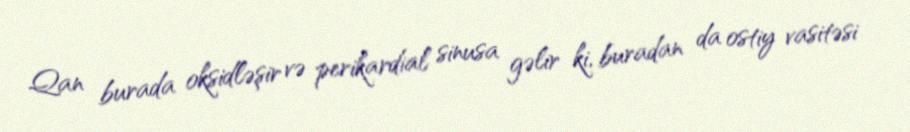
Qan burada oksidləşir və perikardial sinusa gəlir ki, buradan da ostiy vasitəsi